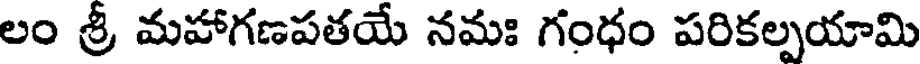
లం శ్రీ మహాగణపతయే నమః గంధం పరికల్పయామి